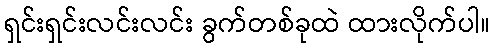
ရှင်းရှင်းလင်းလင်း ခွက်တစ်ခုထဲ ထားလိုက်ပါ။